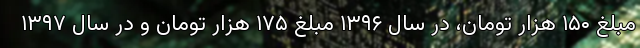
مبلغ ۱۵۰ هزار تومان، در سال ۱۳۹۶ مبلغ ۱۷۵ هزار تومان و در سال ۱۳۹۷